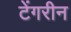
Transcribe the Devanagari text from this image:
टेंगरीन